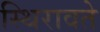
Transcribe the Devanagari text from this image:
स्थिरावते